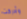
وأدركت